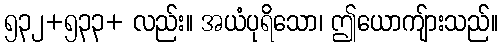
၅၃၂+၅၃၃+ လည်း။ အယံပုရိသော၊ ဤယောကျ်ားသည်။